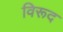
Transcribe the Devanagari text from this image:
विरूद